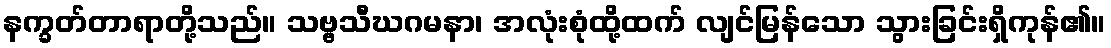
နက္ခတ်တာရာတို့သည်။ သဗ္ဗသီဃဂမနာ၊ အလုံးစုံထို့ထက် လျင်မြန်သော သွားခြင်းရှိကုန်၏။